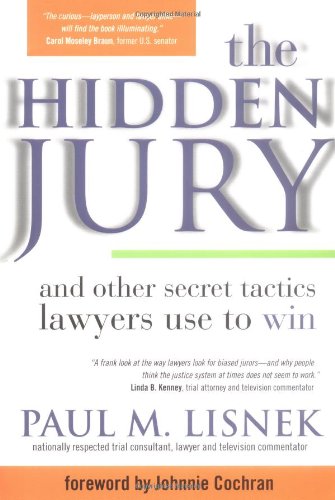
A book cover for The Hidden Jury: And Other Secret Tactics Lawyers Use to Win; Paul M. Lisnek; Law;